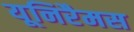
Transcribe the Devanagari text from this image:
यूनिरैमस